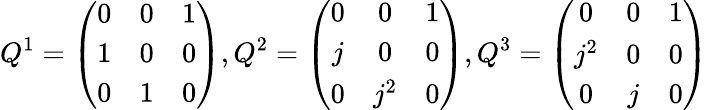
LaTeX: Q^{1}=\left(\begin{array}{ccc}{{0}}&{{0}}&{{1}}\\ {{1}}&{{0}}&{{0}}\\ {{0}}&{{1}}&{{0}}\end{array}\right),Q^{2}=\left(\begin{array}{ccc}{{0}}&{{0}}&{{1}}\\ {{j}}&{{0}}&{{0}}\\ {{0}}&{{j^{2}}}&{{0}}\end{array}\right),Q^{3}=\left(\begin{array}{ccc}{{0}}&{{0}}&{{1}}\\ {{j^{2}}}&{{0}}&{{0}}\\ {{0}}&{{j}}&{{0}}\end{array}\right)